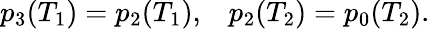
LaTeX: \begin{array}{r}{p_{3}(T_{1})=p_{2}(T_{1}),\; \; \; p_{2}(T_{2})=p_{0}(T_{2}).}\end{array}